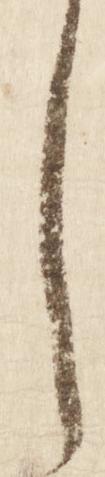
し